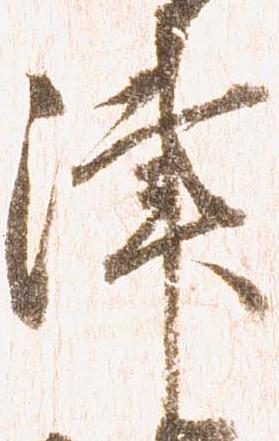
津